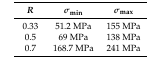
| R | σmin | σmax |
 | --- | --- | --- |
 | 0.33 | 51.2 MPa | 155 MPa |
 | 0.5 | 69 MPa | 138 MPa |
 | 0.7 | 168.7 MPa | 241 MPa |